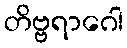
တိဗ္ဗရာဂေါ